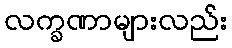
လက္ခဏာများလည်း